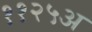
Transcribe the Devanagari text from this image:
११२५अ